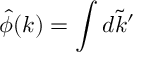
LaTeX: \hat { \phi } ( k ) = \int d \tilde { k } ^ { \prime }